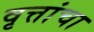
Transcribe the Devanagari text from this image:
वृत्तांचा